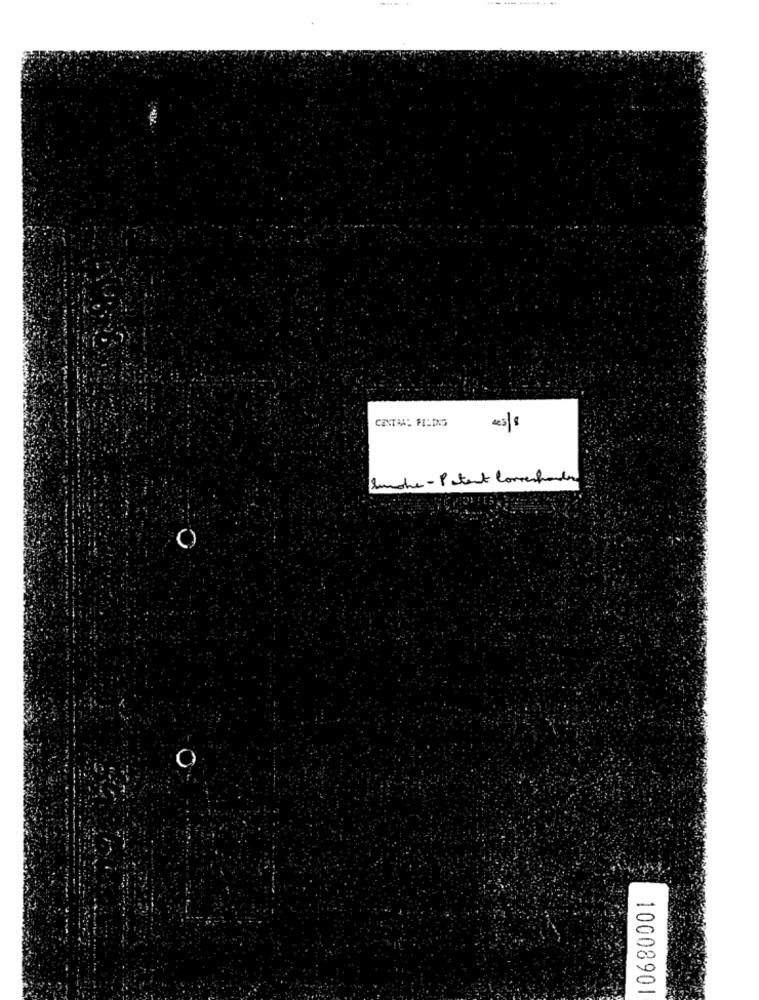
---
CONTAA: PELING
Smoke - Patent Corresponder
10008901